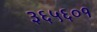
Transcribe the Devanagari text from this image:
३६५६०१